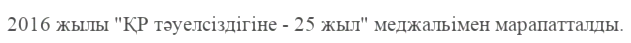
2016 жылы "ҚР тәуелсіздігіне - 25 жыл" меджальімен марапатталды.